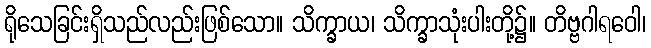
ရိုသေခြင်းရှိသည်လည်းဖြစ်သော။ သိက္ခာယ၊ သိက္ခာသုံးပါးတို့၌။ တိဗ္ဗဂါရဝေါ၊